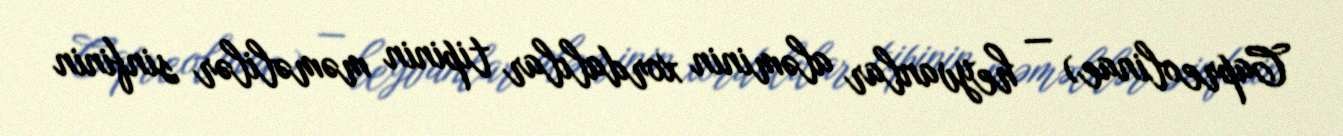
Capreolinae) — heyvanlar aləminin xordalılar tipinin məməlilər sinfinin